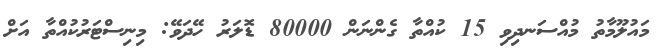
މައުލޫމާތު މުއްސަނދިވި 15 ކުއްތާ ގެންނަން 80000 ޑޮލަރު ހޭދަވޭ: މިނިސްޓަރުކުއްތާ އަށް